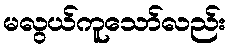
မလွယ်ကူသော်လည်း